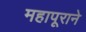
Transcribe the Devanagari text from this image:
महापूराने